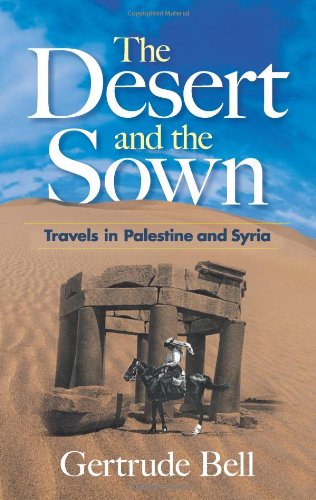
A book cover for The Desert and the Sown: Travels in Palestine and Syria; Gertrude Bell; Travel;